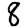
Digit: 8